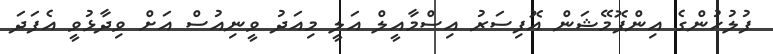
ފުލުހުންގެ އިންފޮމޭޝަން އޮފިސަރު އިސްމާއީލް އަލީ މިއަދު ވީނިއުސް އަށް ވިދާޅުވީ އެފަދަ